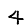
Digit: 4